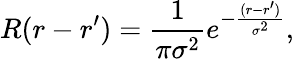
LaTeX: R(r-r^{\prime})=\frac{1}{\pi\sigma^{2}}e^{-\frac{(r-r^{\prime})}{\sigma^{2}}},